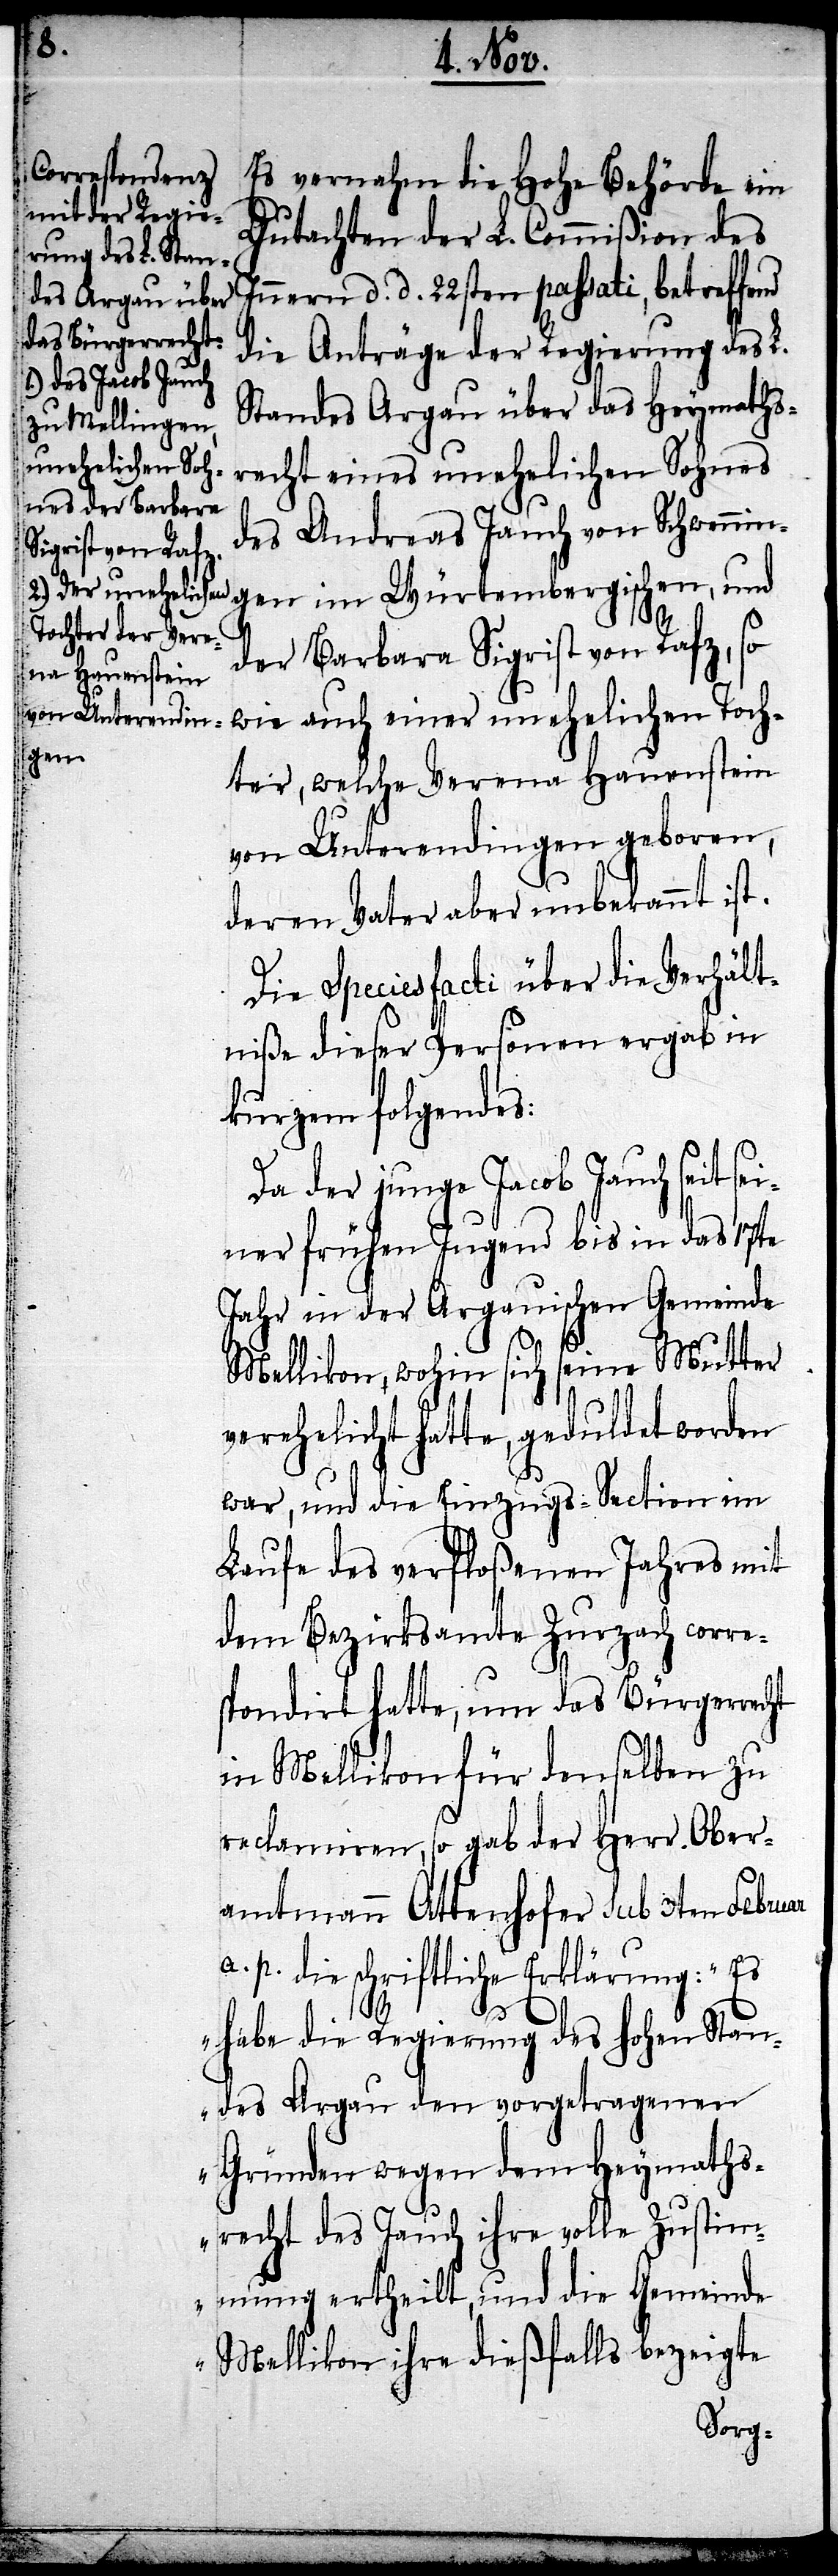
Es vernahm die Hohe Behörde ein
Gutachten der L. Commißion des
Innern d. d. 22sten passati, betreffend
die Anträge der Regierung des L.
Standes Argau über das Heymaths¬
recht eines unehelichen Sohnes
des Andreas Jauch von Schwenni¬
ngen im Würtembergischen, und
der Barbara Sigrist von Rafz, so
wie auch einer unehelichen Toch¬
ter, welche Verena Hauenstein
von Unterendingen geboren,
deren Vater aber unbekannt ist.
Die species facti über die Verhält¬
niße dieser Personen ergab in
kurzem folgendes:
Da der junge Jacob Jauch seit se¬
iner frühen Jugend bis in das 17te
Jahr in der Argauischen Gemeinde
Mellikon, wohin sich seine Mutter
verehelicht hatte, geduldet worden
war, und die Einzugs-Section im
Laufe des verfloßenen Jahres mit
dem Bezirksamte Zurzach corre¬
spondirt hatte, um das Bürgerrecht
in Mellikon für denselben zu
reclamiren, so gab der Herr Ober¬
amtmann Attenhofer sub 3ten Febru¬
a. p. die schriftliche Erklärung: „Es
ar
habe die Regierung des Hohen Stan¬
des Aargau den vorgetragenen
Gründen wegen dem Heimaths¬
recht des Jauch ihre volle Zustim¬
mung ertheilt, und die Gemeinde
Mellikon ihre dießfalls bezeigte,